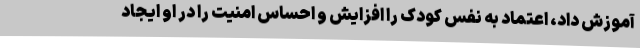
آموزش داد، اعتماد به نفس کودک را افزایش و احساس امنیت را در او ایجاد